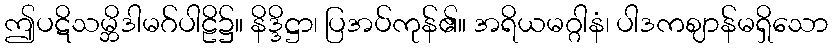
ဤပဋိသမ္ဘိဒါမဂ်ပါဠိ၌။ နိဒ္ဒိဋ္ဌာ၊ ပြအပ်ကုန်၏။ အရိယမဂ္ဂါနံ၊ ပါဒကဈာန်မရှိသော